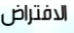
الافتراض